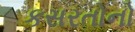
કસરતોનો